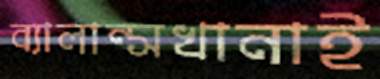
ব্যালান্সখানাই